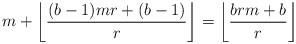
LaTeX: \begin{align*}m+\left\lfloor \frac{(b-1)mr+(b-1)}{r}\right\rfloor = \left\lfloor\frac{brm+b}{r}\right\rfloor\end{align*}